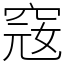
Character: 窛